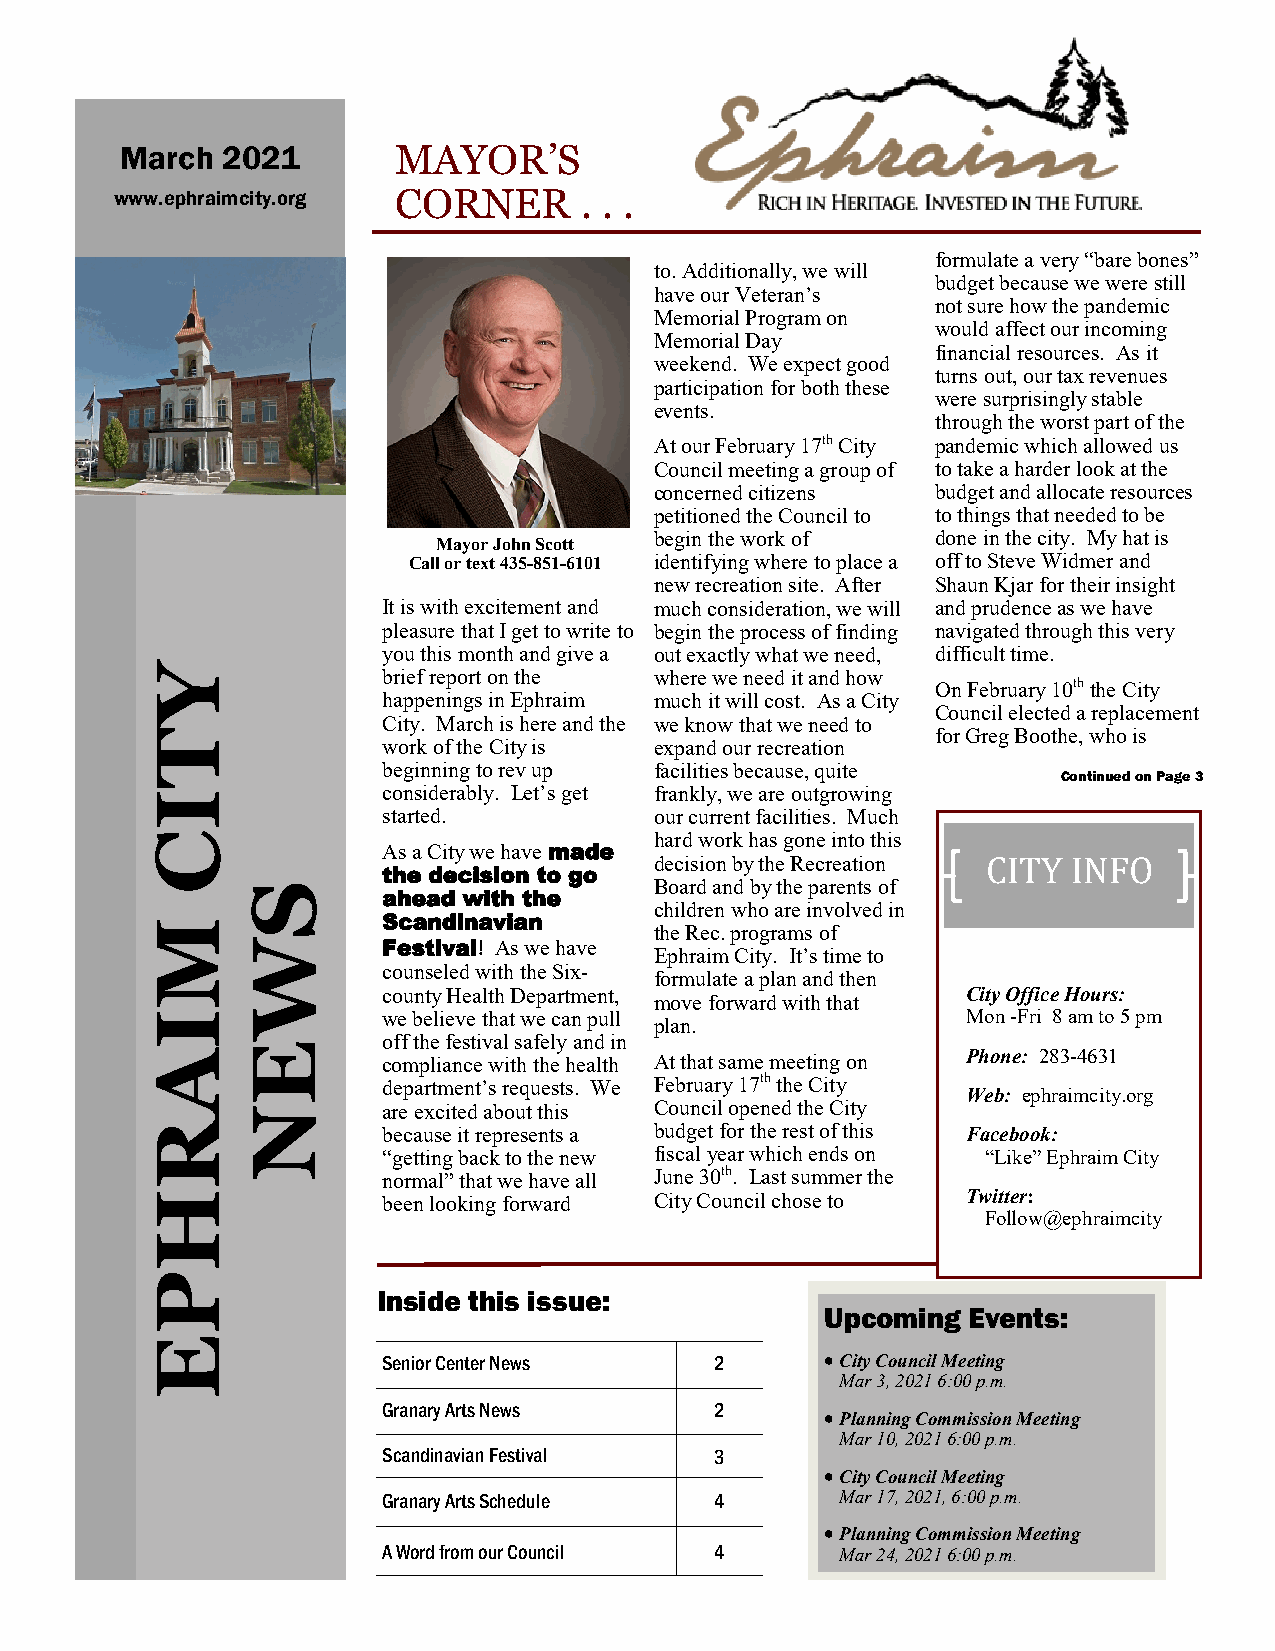
MMaarrcchh 22002211 MAYOR’S
 wwwwww..eepphhrraaiimmcciittyy..oorrgg CORNER . . .
 formulate a very “bare bones”
 to. Additionally, we will
 budget because we were still
 have our Veteran’s
 not sure how the pandemic
 Memorial Program on
 would affect our incoming
 Memorial Day
 financial resources. As it
 weekend. We expect good
 turns out, our tax revenues
 participation for both these
 were surprisingly stable
 events.
 through the worst part of the
 At our February 17th City pandemic which allowed us
 Council meeting a group of to take a harder look at the
 concerned citizens budget and allocate resources
 petitioned the Council to to things that needed to be
 begin the work of  done in the city. My hat is
 Mayor John Scott
 Call or text 435-851-6101 identifying where to place a off to Steve Widmer and
 new recreation site. After Shaun Kjar for their insight
 It is with excitement and much consideration, we will and prudence as we have
 pleasure that I get to write to begin the process of finding navigated through this very
 you this month and give a out exactly what we need, difficult time.
 Y              brief report on the where we need it and how
 On February 10th the City
 happenings in Ephraim much it will cost. As a City
 Council elected a replacement
 City. March is here and the we know that we need to
 T                                                   for Greg Boothe, who is
 work of the City is expand our recreation
 beginning to rev up facilities because, quite
 Continued on Page 3
 I              considerably. Let’s get frankly, we are outgrowing
 S              started.          our current facilities. Much
 WC                               hard work has gone into this
 As a City we have made
 decision by the Recreation CITY INFO
 E              the decision to go
 S                          Board and by the parents of
 N
 ahead with the
 children who are involved in
 M              Scandinavian      the Rec. programs of
 Y     W        Festival! As we have
 Ephraim City. It’s time to
 T              counseled with the Six- formulate a plan and then
 county Health Department,              City Office Hours:
 I                                move forward with that
 CI             we believe that we can pull
 plan.
 Mon -Fri 8 am to 5 pm
 E
 off the festival safely and in
 MA             compliance with the health At that same meeting on Phone: 283-4631
 department’s requests. We February 17th the City
 I                                                     Web: ephraimcity.org
 A     N        are excited about this Council opened the City
 R              because it represents a budget for the rest of this Facebook:
 R
 “getting back to the new fiscal year which ends on “Like” Ephraim City
 H              normal” that we have all June 30th. Last summer the
 PH             been looking forward City Council chose to Twitter:
 Follow@ephraimcity
 E
 P
 Inside this issue:
 Upcoming Events:
 E
 Senior Center News    2       • City Council Meeting
 Mar 3, 2021 6:00 p.m.
 Granary Arts News     2
 • Planning Commission Meeting
 Mar 10, 2021 6:00 p.m.
 Scandinavian Festival 3
 • City Council Meeting
 Granary Arts Schedule 4        Mar 17, 2021, 6:00 p.m.
 • Planning Commission Meeting
 A Word from our Council 4      Mar 24, 2021 6:00 p.m.